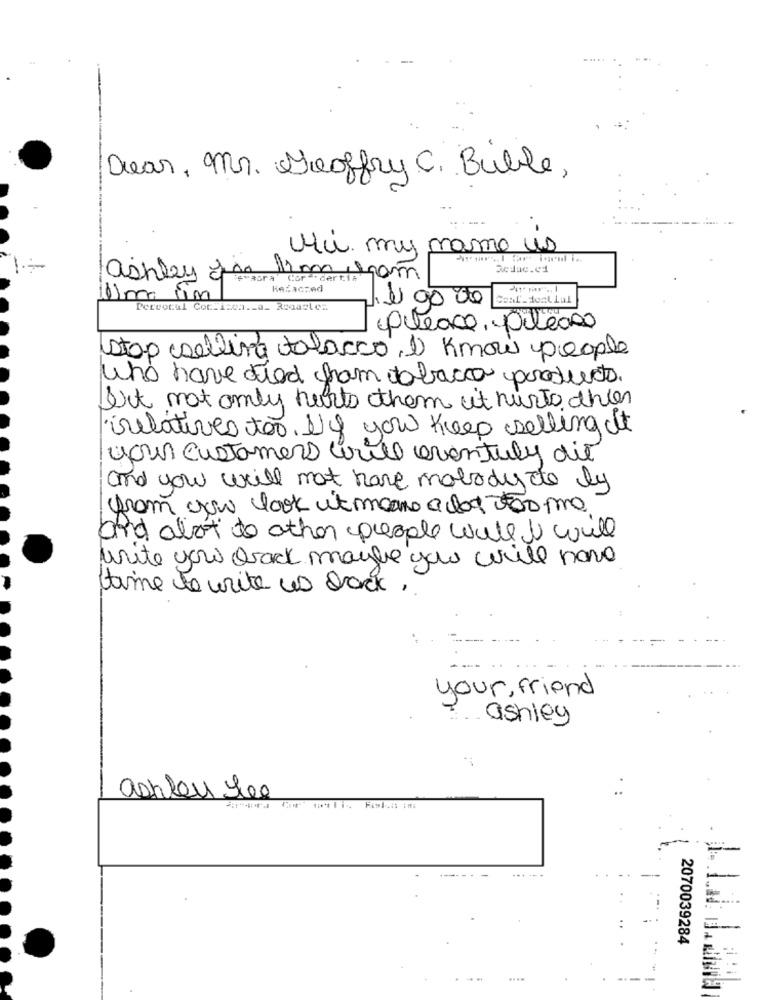
Dear, Mr. Geoffry C. Buble,
Hi my name us
Reduc.e1
ashley gas im ham
tewasra Cor . derti:"
Hesacred
11)m um
Pervocal Cor:i:ca ._ a_ Rosaeles
1 00 00
please, please
stop selling tabacco, I know people
Who have died fram tobacco products.
but not only hurts them it nurto this
irelatives too. If you keep selling it
your customers write eventuly die
and you will not have motodyco by
from you look it means a lot oo me
and alot to other people will I will
write you back maybe you will have
time to write us back,
your, friend
ashley
ashley lee
2070039284
....